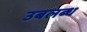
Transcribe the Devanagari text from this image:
उबलब्ध